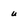
Character: u